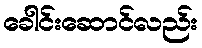
ခေါင်းဆောင်လည်း